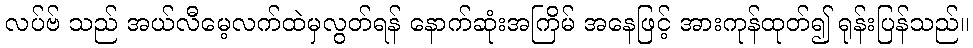
လပ်ဗ် သည် အယ်လီမေ့လက်ထဲမှလွတ်ရန် နောက်ဆုံးအကြိမ် အနေဖြင့် အားကုန်ထုတ်၍ ရုန်းပြန်သည်။